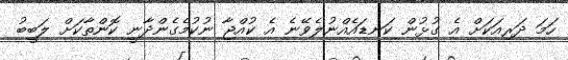
ހަމަ ދަރިއަކަށް އެ ގުޅުން ކަނޑައެއްނުލެވޭނެ އެ ކުއްޖާ ނުކުމެގެންދާނީ ކޮންތާކަށް ލަބީބު